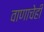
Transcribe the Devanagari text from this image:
वाणाचेही